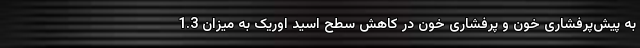
به پیش‌پرفشاری خون و پرفشاری خون در کاهش سطح اسید اوریک به میزان 1.3